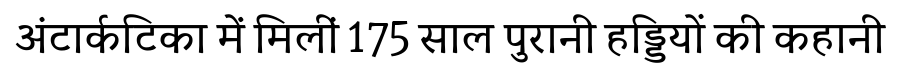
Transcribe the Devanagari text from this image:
अंटार्कटिका में मिलीं 175 साल पुरानी हड्डियों की कहानी